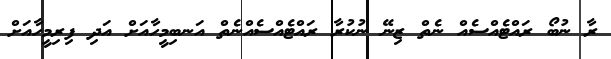
ރާ ނުބޯ ރައްޓެއްސެއް ނެތް ޒިނޭ ނުކުރާ ރައްޓެއްސެއްނެތް އަނބިމީހާއަށް އަދި ފިރިމީހާއަށް